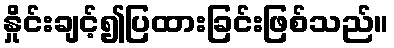
နှိုင်းချင့်၍ပြထားခြင်းဖြစ်သည်။